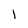
Character: 1